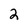
Character: 2